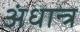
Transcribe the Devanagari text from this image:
अंधान्त्र